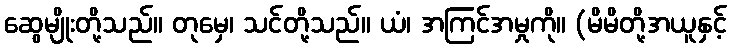
ဆွေမျိုးတို့သည်။ တုမှေ၊ သင်တို့သည်။ ယံ၊ အကြင်အမှုကို။ (မိမိတို့အယူနှင့်